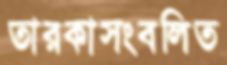
তারকাসংবলিত